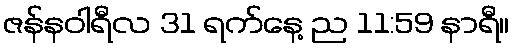
ဇန်နဝါရီလ 31 ရက်နေ့ ည 11:59 နာရီ။